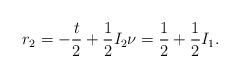
LaTeX: \begin{gather*}r_2 = -\frac{t}{2} + \frac{1}{2}I_2 \nu = \frac{1}{2} + \frac{1}{2}I_1.\end{gather*}